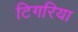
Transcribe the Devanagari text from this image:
टिगरिया